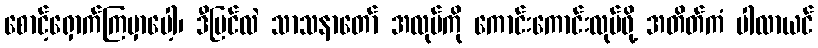
စောင့်ရှောက်ကြမှာပေါ့၊ ဒီပြင်လဲ သာသနာတော် အလုပ်ကို ကောင်းကောင်းလုပ်ဖို့ အတိတ်ကံ ပါလာယင်